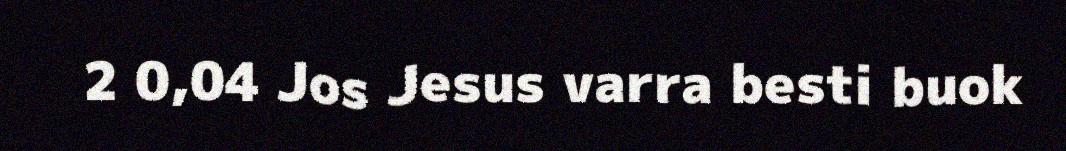
2 0,04 Jos Jesus varra besti buok